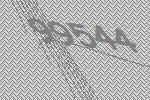
99544